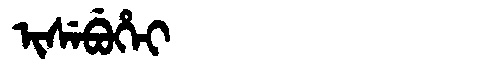
Manchu: ᡳᠰᡝᠪᡠᡥᡝᡳ
Romanization: ISEBUHEI